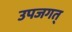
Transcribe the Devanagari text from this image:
उपजगत्